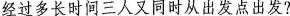
经过多长时间三人又同时从出发点出发?